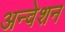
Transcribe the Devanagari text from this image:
अन्वेशन